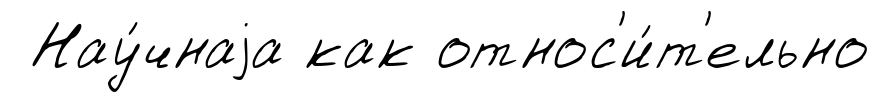
Нау́чнаjа как относ'и́т'ельно